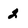
Character: 2